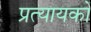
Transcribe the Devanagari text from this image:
प्रत्यायकों